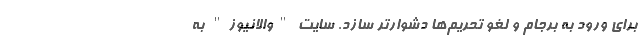
برای ورود به برجام و لغو تحریم‌ها دشوارتر سازد. سایت "والانیوز" به